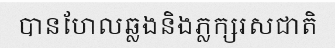
បានហែលឆ្លងនិងភ្លក្សរសជាតិ